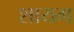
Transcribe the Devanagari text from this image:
शायग